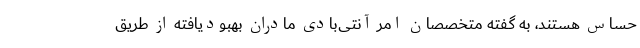
حساس هستند، به گفته متخصصان امر آنتی‌بادی مادران بهبودیافته از طریق